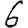
Digit: 6